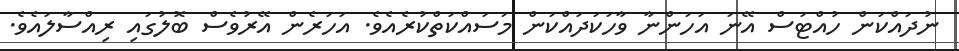
ނުދައްކަން ހުއްޓަސް އޭނަ އަހަންނާ ވާހަކަދައްކަން މަސައްކަތްކުރެއެވެ. އަހަރެން އޭރުވެސް ބޮލުގައި ރިއްސާލައެވެ.